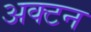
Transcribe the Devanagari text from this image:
अक्टन